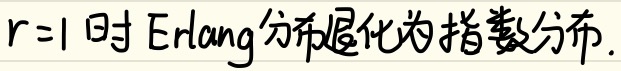
当\(r = 1\)时，Erlang分布退化为指数分布。